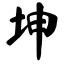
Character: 坤